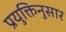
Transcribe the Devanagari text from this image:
प्रयुक्तिनुसार